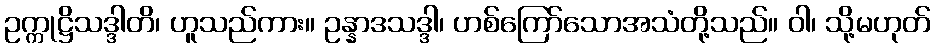
ဥက္ကုဋ္ဌိသဒ္ဒါတိ၊ ဟူသည်ကား။ ဥန္နာဒသဒ္ဒါ၊ ဟစ်ကြော်သောအသံတို့သည်။ ဝါ၊ သို့မဟုတ်